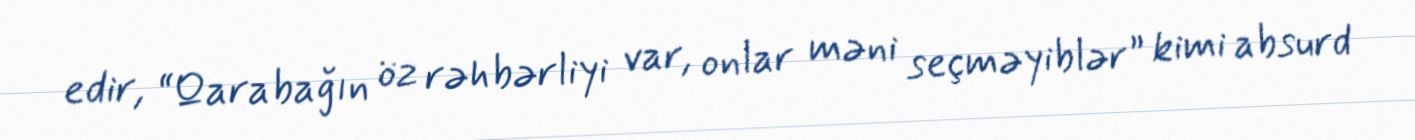
edir, “Qarabağın öz rəhbərliyi var, onlar məni seçməyiblər” kimi absurd